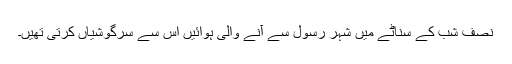
نصف شب کے سناٹے میں شہر رسولؐ سے آنے والی ہوائیں اس سے سرگوشیاں کرتی تھیں۔